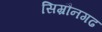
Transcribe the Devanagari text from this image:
सिम्रौनगढ